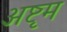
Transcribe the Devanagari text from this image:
अष्टृम